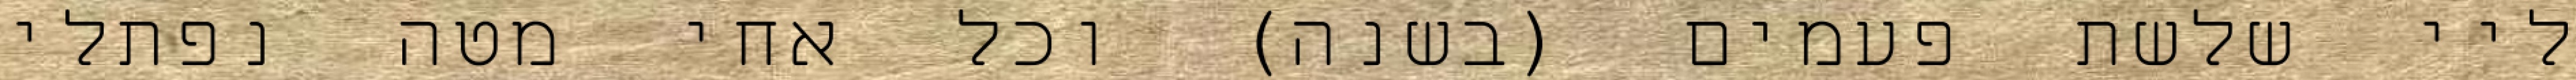
ליי שלשת פעמים (בשנה) וכל אחי מטה נפתלי